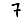
Digit: 7